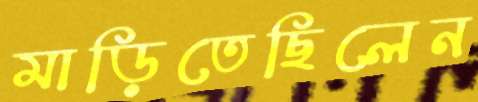
মাড়িতেছিলেন